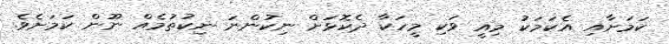
ކަމަށާއި އެކަމަކު މިއީ ވަކި މީހަކާ ދެކޮޅަށް ނިކުންނަ ނިކުތުމެއް ނޫން ކަމަށެވެ.